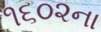
૧૬૦૨ના